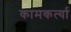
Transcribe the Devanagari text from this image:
कामकर्त्या